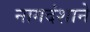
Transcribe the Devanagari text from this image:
नागदंशाने